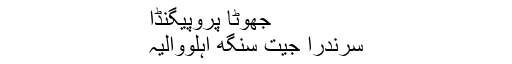
جھوٹا پروپیگنڈا
سرندرا جیت سنگھ اہلووالیہ